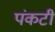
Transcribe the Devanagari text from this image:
पंकटी